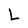
Character: L